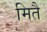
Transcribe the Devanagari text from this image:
मितै